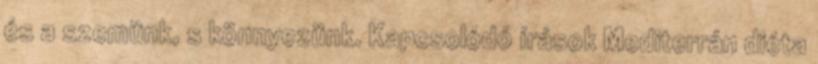
és a szemünk, s könnyezünk. Kapcsolódó írások Mediterrán diéta